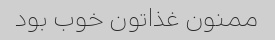
ممنون غذاتون خوب بود